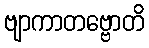
ဗျာကာတဗ္ဗောတိ